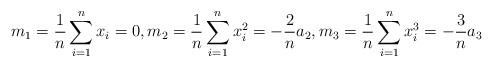
LaTeX: \begin{align*}m_{1}=\frac{1}{n}\sum_{i=1}^{n}x_{i}=0,m_{2}=\frac{1}{n}\sum_{i=1}^{n}x_{i}^{2}=-\frac{2}{n}a_{2},m_{3}=\frac{1}{n}\sum_{i=1}^{n}x_{i}^{3}=-\frac{3}{n}a_{3} \end{align*}